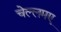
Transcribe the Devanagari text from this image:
चेल्लमए